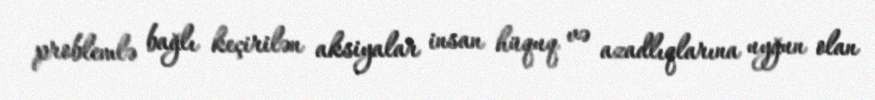
problemlə bağlı keçirilən aksiyalar insan hüquq və azadlıqlarına uyğun olan